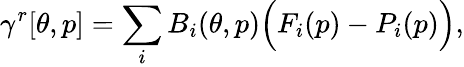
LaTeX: \gamma^{r}[\theta,p]=\sum_{i}B_{i}(\theta,p)\Big(F_{i}(p)-P_{i}(p)\Big),